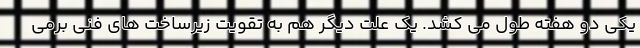
یکی دو هفته طول می کشد. یک علت دیگر هم به تقویت زیرساخت های فنی برمی